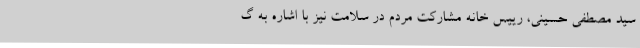
سید مصطفی حسینی، رییس خانه مشارکت مردم در سلامت نیز با اشاره به گ